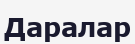
Даралар